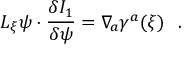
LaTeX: { \cal L } _ { \xi } \psi \cdot { \frac { \delta I _ { 1 } } { \delta \psi } } = \nabla _ { \! a } \gamma ^ { a } ( \xi ) \ \ .